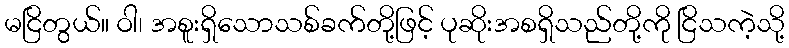
မငြိတွယ်။ ဝါ၊ အစူးရှိသောသစ်ခက်တို့ဖြင့် ပုဆိုးအစရှိသည်တို့ကို ငြိသကဲ့သို့